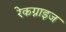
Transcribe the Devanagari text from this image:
रेकग्नाइज